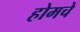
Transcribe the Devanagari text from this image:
होमचे